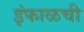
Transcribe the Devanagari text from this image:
इंफाळची